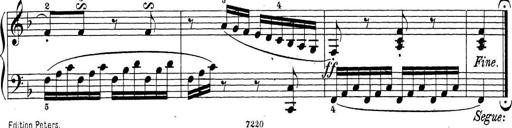
Title: Sonatina Album
Composer: Louis KÃ¶hler